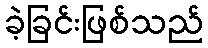
ခဲ့ခြင်းဖြစ်သည်